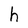
Character: h